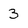
Character: 3